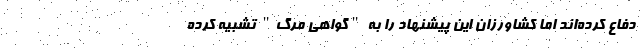
دفاع کرده‌اند اما کشاورزان این پیشنهاد را به "گواهی مرگ" تشبیه کرده